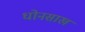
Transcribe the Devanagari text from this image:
धोनसाख